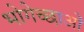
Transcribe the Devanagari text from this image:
भोगेच्छाओं